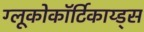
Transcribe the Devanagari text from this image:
ग्लूकोकॉर्टिकाय्ड्स